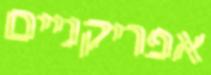
אפריקניים